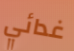
غدائي